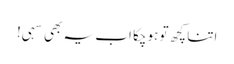
اتنا کچھ تو ہوچکا اب یہ بھی سہی!